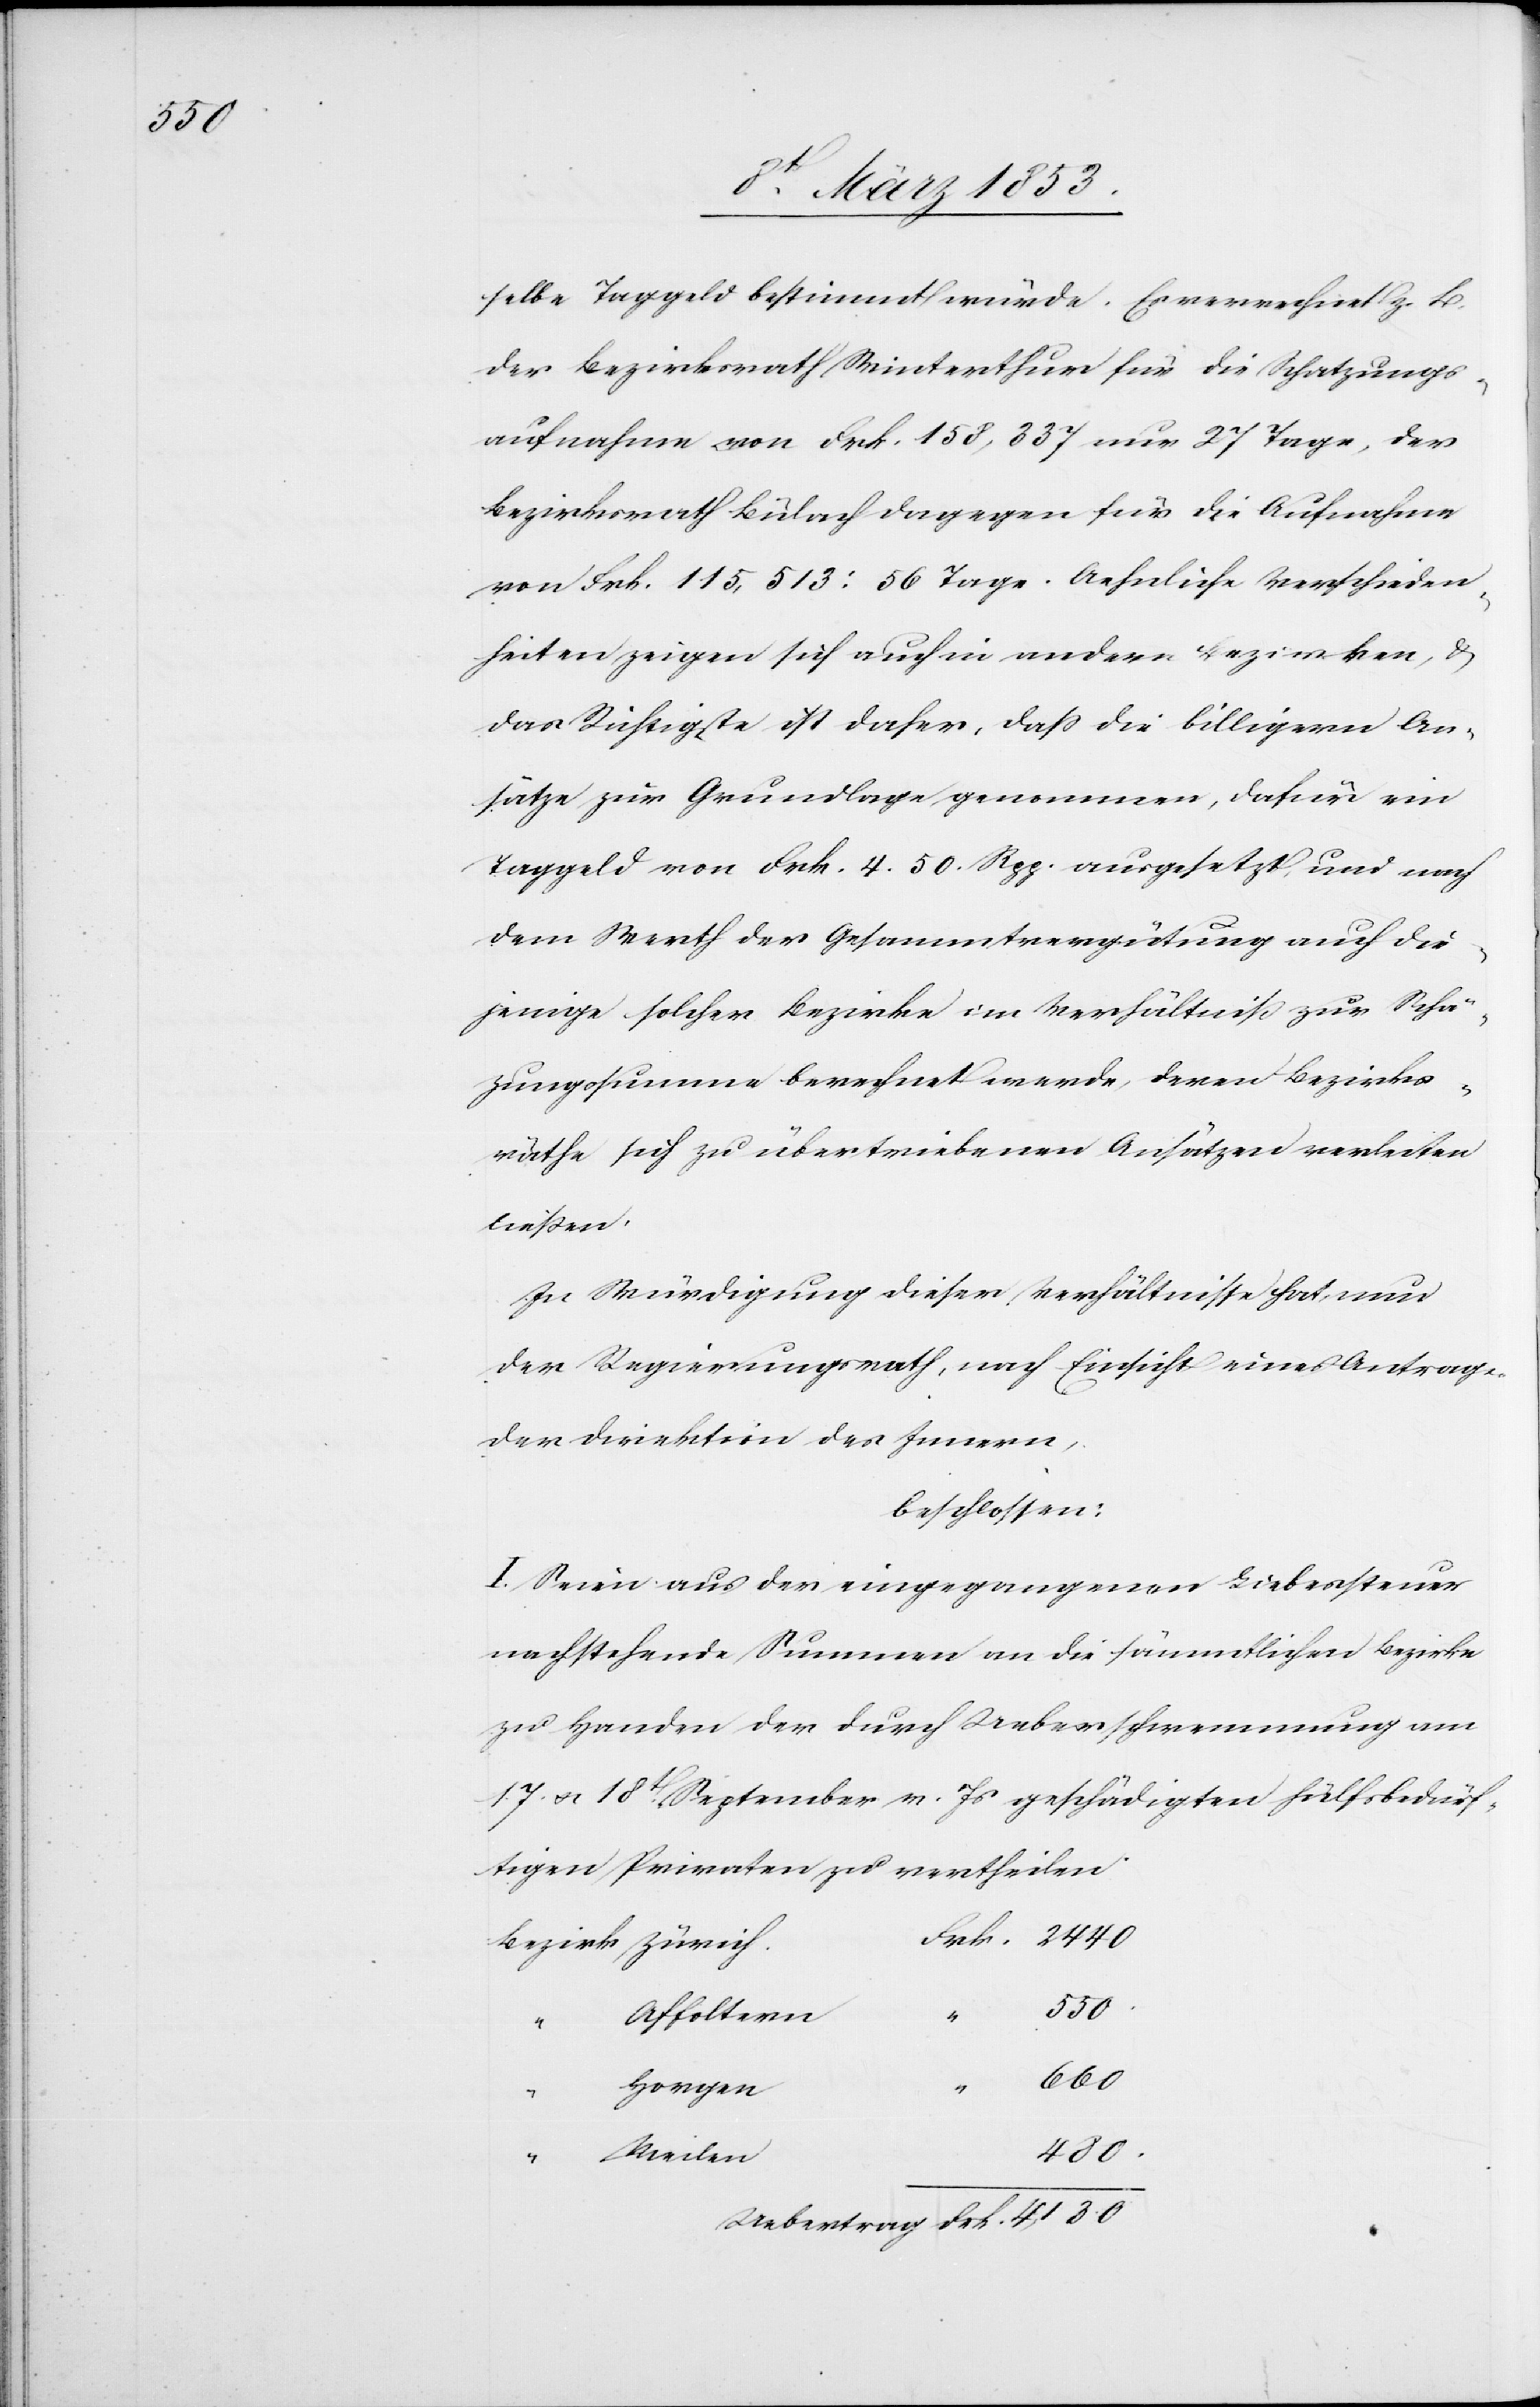
selbe Taggeld bestimmt würde. Es verrechnet z. B.
der Bezirksrath Winterthur für die Schatzungs¬
aufnahme von Frk. 158, 337 nur 27 Tage, der
Bezirksrath Bülach hingegen für die Aufnahme
von Frk. 115, 513: 56 Tage. Aehnliche Verschieden¬
heiten zeigen sich auch in andern Bezirken, u.
das Richtige ist daher, daß die billigern An¬
sätze zur Grundlage genommen, dafür ein
Taggeld von Frk. 4. 50 Rpp. ausgesetzt, und nach
dem Werth der Gesammtvergütung auch die¬
jenige solcher Bezirke im Verhältniß zur Schät¬
zungssumme berechnet werde, deren Bezirks¬
räthe sich zu übertriebenen Ansätzen verleiten
ließen.
In Würdigung dieser Verhältnisse hat, nun
der Regierungsrath, nach Einsicht eines Antrages
der Direktion des Innern,
beschlossen:
I. Seien aus der eingegangenen Liebessteuer
nachstehende Summen an die sämmtlichen Bezirke
zu Handen der durch Ueberschwemmung am
17. u. 18t. September v. Js. geschädigten hülfsbedürf¬
tigen Privaten zu vertheilen.
h.	Frk. 2440.
Bezirk Züric¬
Uebertrag	Frk. 4, 120